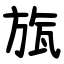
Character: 旊